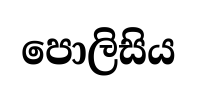
පොලිසිය